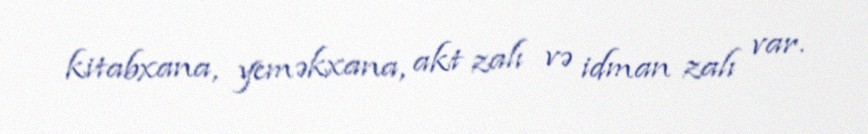
kitabxana, yeməkxana, akt zalı və idman zalı var.